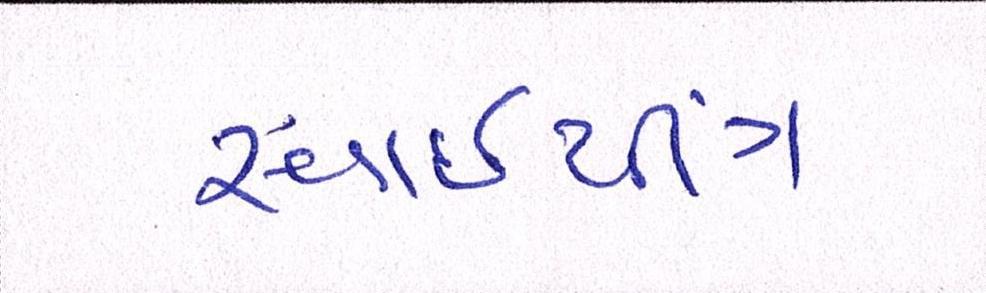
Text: સ્વાઈપીંગ